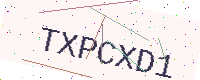
Text: TXPCXD1